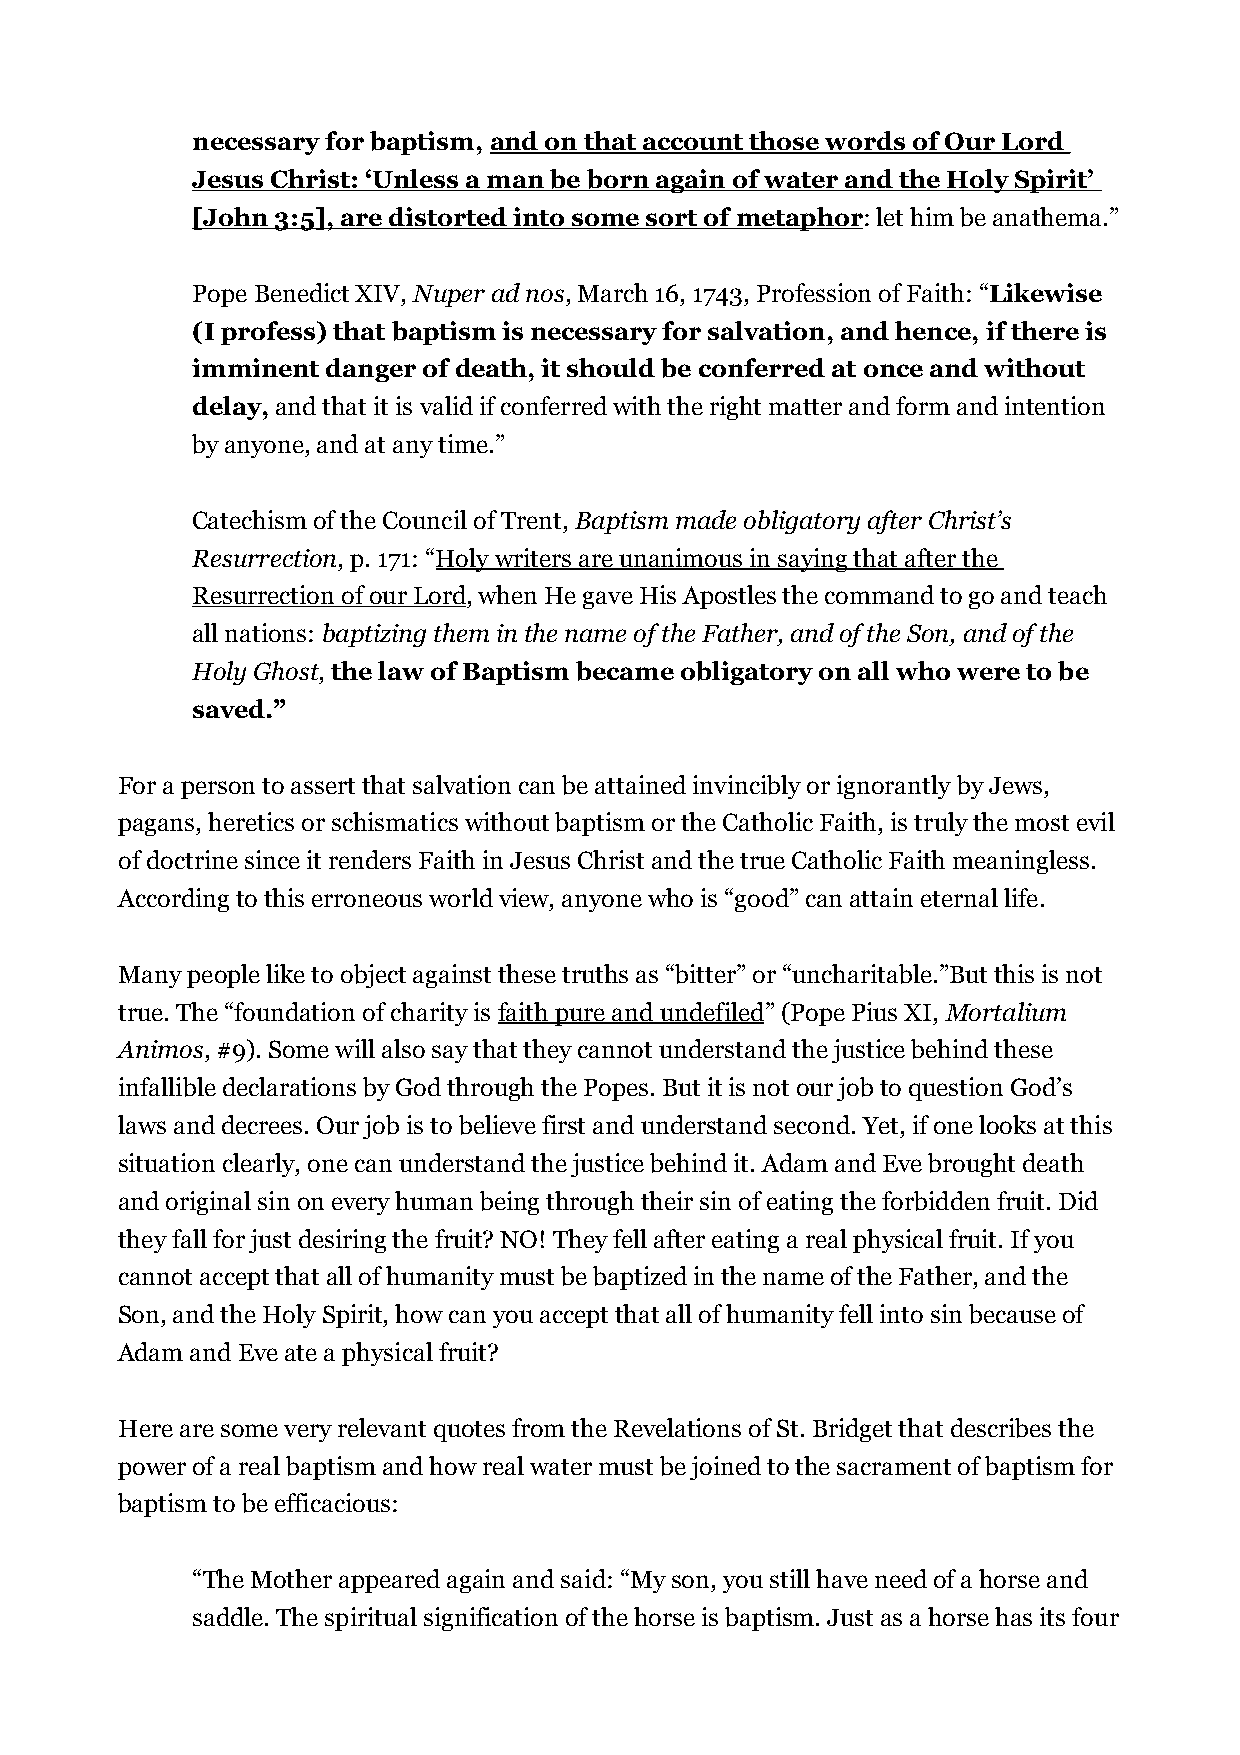
necessary for baptism, and on that account those words of Our Lord
 Jesus Christ: ‘Unless a man be born again of water and the Holy Spirit’
 [John 3:5], are distorted into some sort of metaphor: let him be anathema.”
 Pope Benedict XIV, Nuper ad nos, March 16, 1743, Profession of Faith: “Likewise
 (I profess) that baptism is necessary for salvation, and hence, if there is
 imminent danger of death, it should be conferred at once and without
 delay, and that it is valid if conferred with the right matter and form and intention
 by anyone, and at any time.”
 Catechism of the Council of Trent, Baptism made obligatory after Christ’s
 Resurrection, p. 171: “Holy writers are unanimous in saying that after the
 Resurrection of our Lord, when He gave His Apostles the command to go and teach
 all nations: baptizing them in the name of the Father, and of the Son, and of the
 Holy Ghost, the law of Baptism became obligatory on all who were to be
 saved.”
 For a person to assert that salvation can be attained invincibly or ignorantly by Jews,
 pagans, heretics or schismatics without baptism or the Catholic Faith, is truly the most evil
 of doctrine since it renders Faith in Jesus Christ and the true Catholic Faith meaningless.
 According to this erroneous world view, anyone who is “good” can attain eternal life.
 Many people like to object against these truths as “bitter” or “uncharitable.”But this is not
 true. The “foundation of charity is faith pure and undefiled” (Pope Pius XI, Mortalium
 Animos, #9). Some will also say that they cannot understand the justice behind these
 infallible declarations by God through the Popes. But it is not our job to question God’s
 laws and decrees. Our job is to believe first and understand second. Yet, if one looks at this
 situation clearly, one can understand the justice behind it. Adam and Eve brought death
 and original sin on every human being through their sin of eating the forbidden fruit. Did
 they fall for just desiring the fruit? NO! They fell after eating a real physical fruit. If you
 cannot accept that all of humanity must be baptized in the name of the Father, and the
 Son, and the Holy Spirit, how can you accept that all of humanity fell into sin because of
 Adam and Eve ate a physical fruit?
 Here are some very relevant quotes from the Revelations of St. Bridget that describes the
 power of a real baptism and how real water must be joined to the sacrament of baptism for
 baptism to be efficacious:
 “The Mother appeared again and said: “My son, you still have need of a horse and
 saddle. The spiritual signification of the horse is baptism. Just as a horse has its four